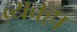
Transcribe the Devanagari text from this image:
व्यवहा